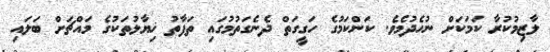
ލާޒިމުކުރާ ކަމަކަށް ނުހެދުމެވެ. ކަންކަމުގެ ހަގީގަތް ދެނެގަތުމުގައި ތަފާތު ޚިޔާލުތަކުގެ މައްޗަށް ބަލައި